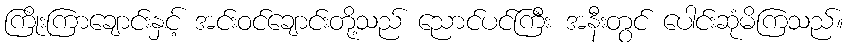
ကြိုးကြာချောင်းနှင့် အင်းဝင်ချောင်းတို့သည် ညောင်ပင်ကြီး အနီးတွင် ပေါင်းဆုံမိကြသည်။